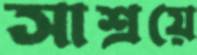
সাশ্রয়ে